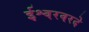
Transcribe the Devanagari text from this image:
ईश्वरवरदे